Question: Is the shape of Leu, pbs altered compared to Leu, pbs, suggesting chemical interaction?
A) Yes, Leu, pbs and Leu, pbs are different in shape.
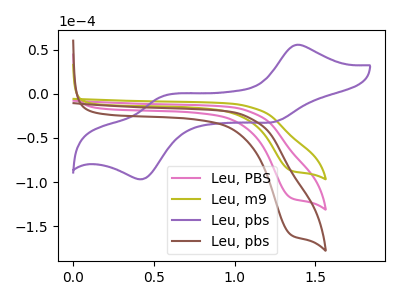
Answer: <think>The pink curve "Leu, PBS" has a cathodic peak at: (1.35V, -117.50uA). The olive curve "Leu, m9" has a cathodic peak at: (1.35V, -86.70uA). The purple curve "Leu, pbs" has anodic peaks at (1.40V, 55.20uA) (0.55V, -3.05uA) and cathodic peaks at (1.25V, -31.60uA) (0.45V, -96.20uA). The brown curve "Leu, pbs" has a cathodic peak at: (1.35V, -234.95uA).
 "Leu, pbs" and "Leu, pbs" have a different number of peaks.</think>
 <answer>A) Yes, "Leu, pbs" and "Leu, pbs" are different in shape.</answer>
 <eval>A</eval>